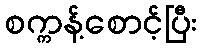
စက္ကန့်စောင့်ပြီး